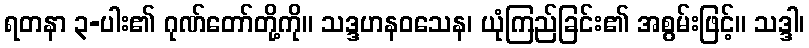
ရတနာ ၃-ပါး၏ ဂုဏ်တော်တို့ကို။ သဒ္ဒဟနဝသေန၊ ယုံကြည်ခြင်း၏ အစွမ်းဖြင့်။ သဒ္ဒါ၊